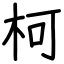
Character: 柯